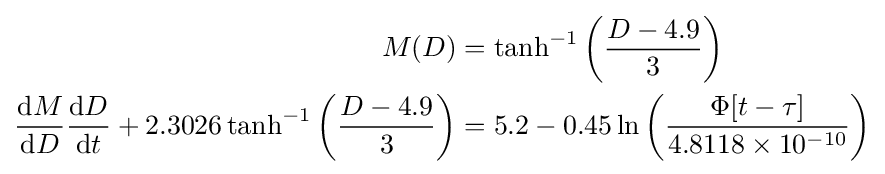
{\begin{aligned}M(D){}&=\tanh ^{-1}\left({\frac {D-4.9}{3}}\right)\\{\frac {\mathrm {d} M}{\mathrm {d} D}}{\frac {\mathrm {d} D}{\mathrm {d} t}}+2.3026\tanh ^{-1}\left({\frac {D-4.9}{3}}\right)&=5.2-0.45\ln \left({\frac {\Phi [t-\tau ]}{4.8118\times 10^{-10}}}\right)\end{aligned}}